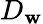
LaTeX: D_{\mathbf{w}}